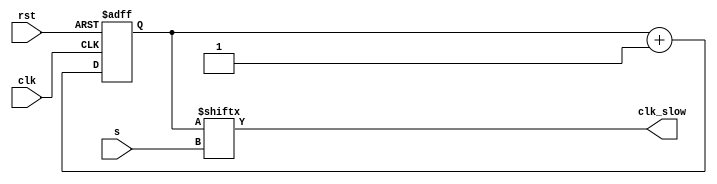
`timescale 1ns / 1ps
//////////////////////////////////////////////////////////////////////////////////
// Company: 
// Engineer: 
// 
// Design Name: 
// Module Name: clk_manager
// Project Name: 
// Target Devices: 
// Tool Versions: 
// Description: 
// 
// Dependencies: 
// 
// Revision:
// Revision 0.01 - File Created
// Additional Comments:
// 
//////////////////////////////////////////////////////////////////////////////////


module clk_manager(
        input clk,
        input rst,
        input [4:0] s,
        output clk_slow //output
        );
        
        reg [31:0] tmp;
        //assign s[4] = 1;
        always@(posedge clk or posedge rst)
            begin                   
            if(rst)             
                tmp <=0;        
            else                
                tmp <= tmp+1;   
        end                     
                                
        assign clk_slow = tmp[s];
endmodule